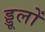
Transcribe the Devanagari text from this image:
ड्डूलों